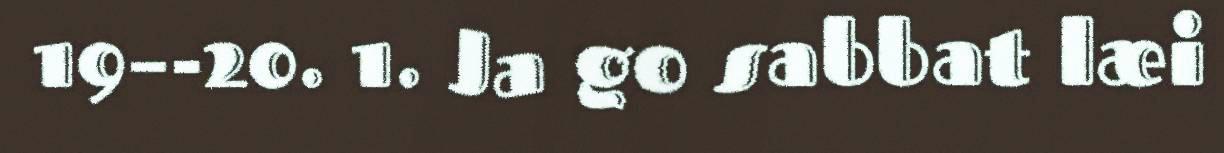
19–-20. 1. Ja go sabbat læi